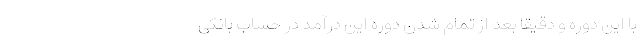
با این دوره و دقیقا بعد از تمام شدن دوره این درآمد در حساب بانکی